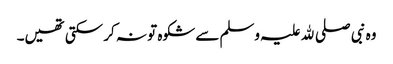
وہ نبی صلی ﷲ علیہ وسلم سے شکوہ تو نہ کر سکتی تھیں۔